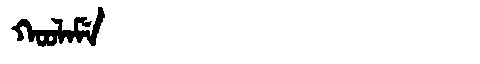
Manchu: ᡴᠣᠣᠯᠠᠮᡝ
Romanization: KOOLAME